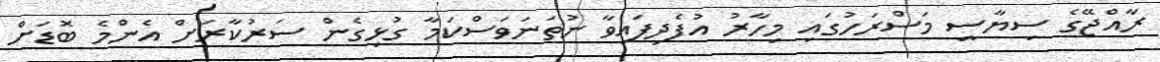
ރާއްޖޭގެ ސިޔާސީ މަސްރަހުގައި މިހާރު އުފެދިފައިވާ ނުތަނަވަސްކަމާ ގުޅިގެން ސަރުކާރަށް އެންމެ ބޮޑަށް